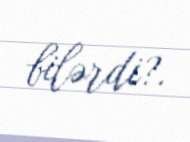
bilərdi?.